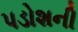
પડોશની